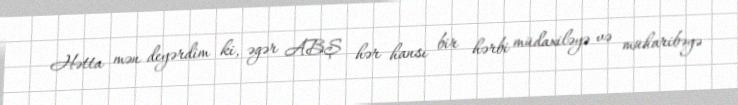
Hətta mən deyərdim ki, əgər ABŞ hər hansı bir hərbi müdaxiləyə və müharibəyə